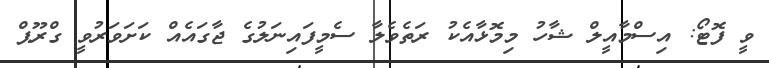
ވީ ފޮޓޯ: އިސްމާއީލް ޝާހު މިމޮޅާއެކު ރަތެވެލާ ސެމީފައިނަލުގެ ޖާގައެއް ކަށަވަރުވީ ގްރޫޕް